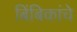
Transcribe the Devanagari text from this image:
बिंबिकांचे